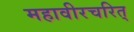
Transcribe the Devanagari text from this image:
महावीरचरित्‌